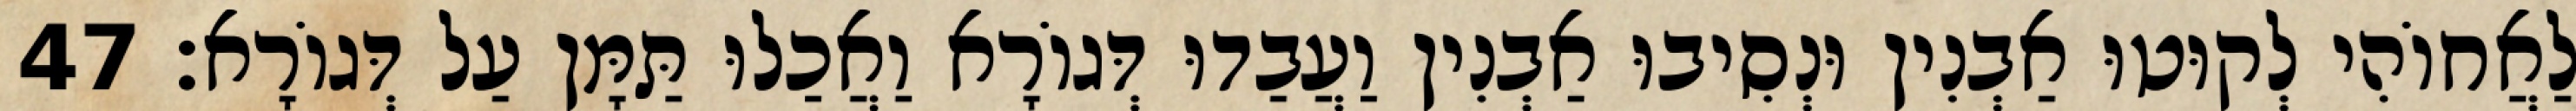
לַאֲחוֹהִי לְקוּטוּ אַבְנִין וּנְסִיבוּ אַבְנִין וַעֲבַדוּ דְּגוֹרָא וַאֲכַלוּ תַּמָּן עַל דְּגוֹרָא׃ 47